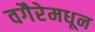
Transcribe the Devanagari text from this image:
वगैरेमधून